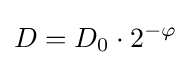
D=D_{0}\cdot 2^{-\varphi }